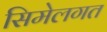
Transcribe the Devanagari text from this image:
सिमेलगत